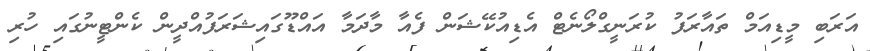
އަރަބި މީޑިއަމް ތައާރަފު ކުރަނީގްލޯނެޓް އެޑިއުކޭޝަން ފެއާ މާދަމާ އައްޑޫގައިޝަރަފުއްދީން ކެންޓީނުގައި ހުރި